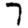
Digit: 7